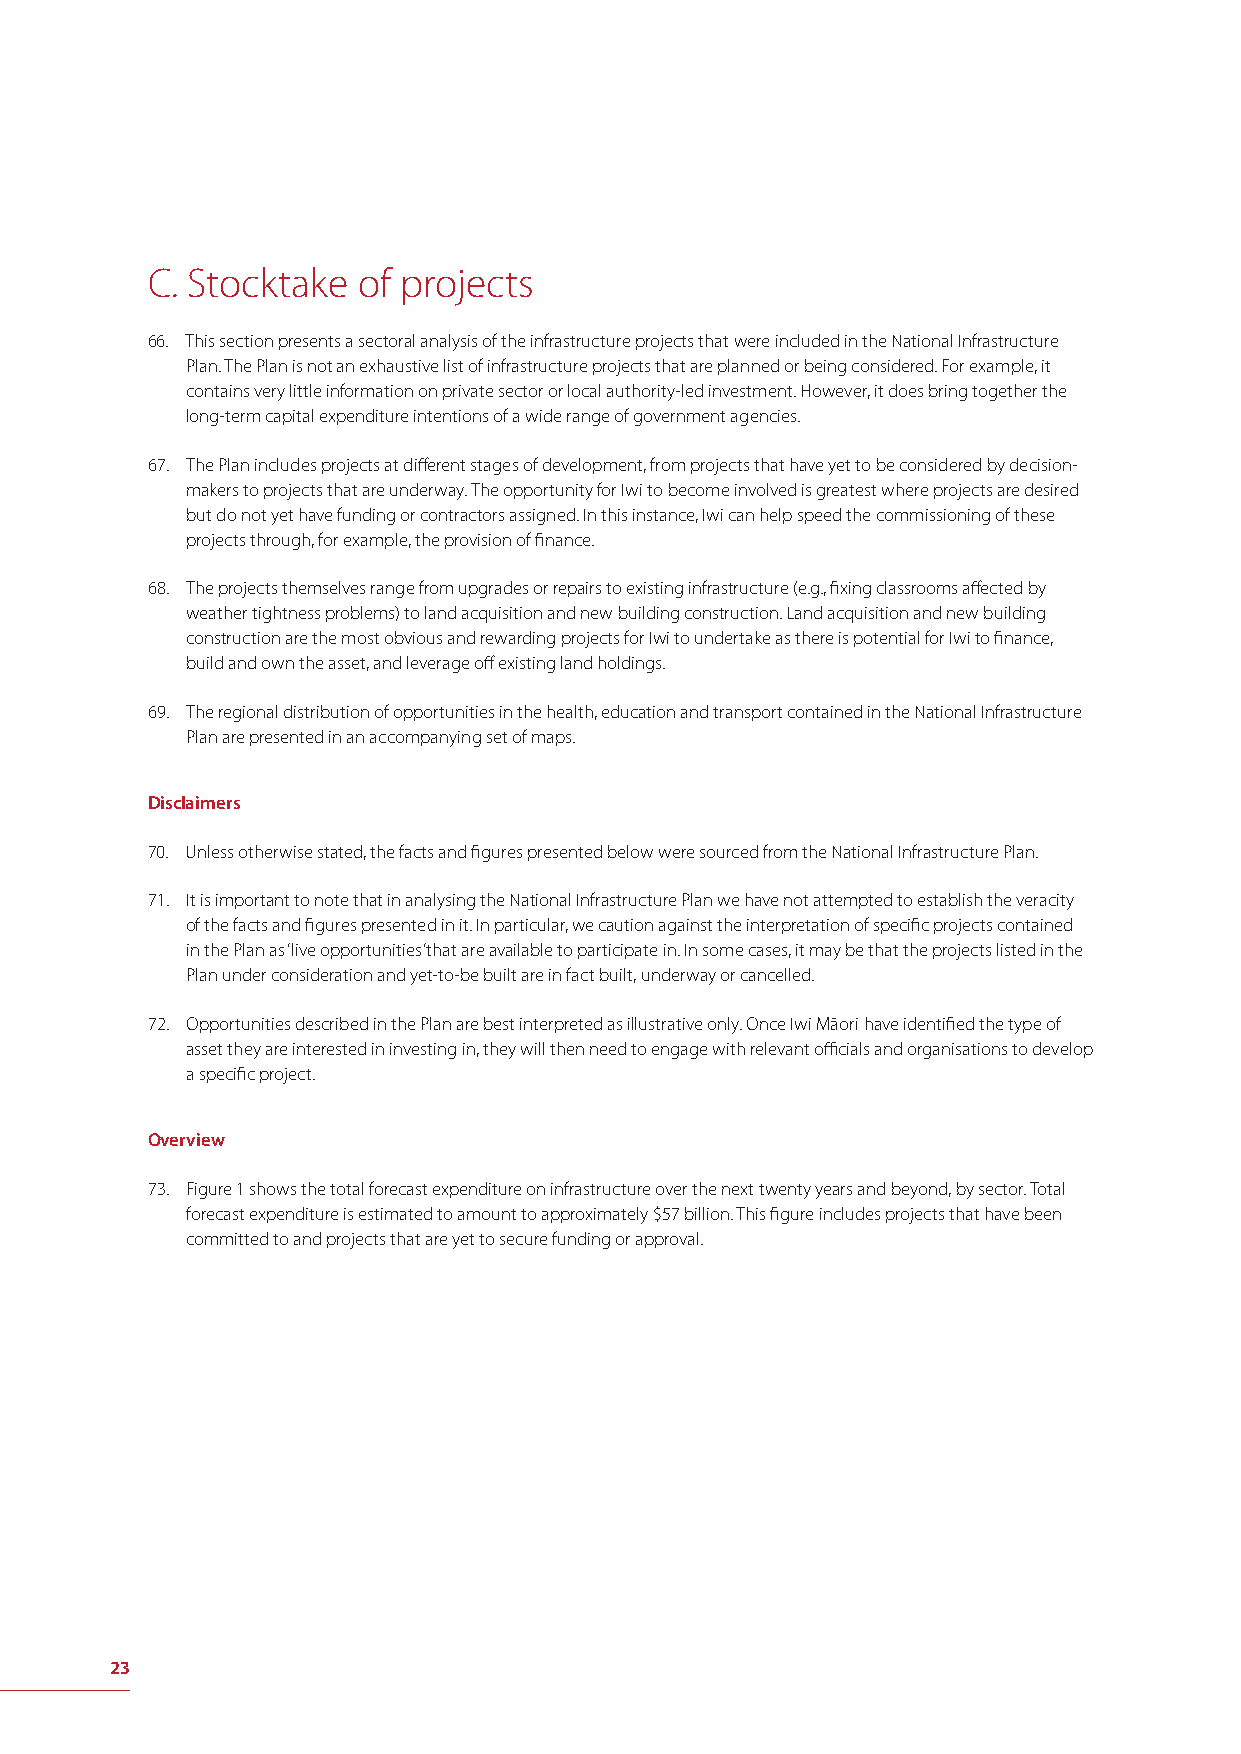
C. Stocktake  of projects
 66. This section presents a sectoral analysis of the infrastructure projects that were included in the National Infrastructure
 Plan. The Plan is not an exhaustive list of infrastructure projects that are planned or being considered. For example, it
 contains very little information on private sector or local authority-led investment. However, it does bring together the
 long-term capital expenditure intentions of a wide range of government agencies.
 67. The Plan includes projects at diff erent stages of development, from projects that have yet to be considered by decision-
 makers to projects that are underway. The opportunity for Iwi to become involved is greatest where projects are desired
 but do not yet have funding or contractors assigned. In this instance, Iwi can help speed the commissioning of these
 projects through, for example, the provision of fi nance.
 68. The projects themselves range from upgrades or repairs to existing infrastructure (e.g., fi xing classrooms aff ected by
 weather tightness problems) to land acquisition and new building construction. Land acquisition and new building
 construction are the most obvious and rewarding projects for Iwi to undertake as there is potential for Iwi to fi nance,
 build and own the asset, and leverage off existing land holdings.
 69. The regional distribution of opportunities in the health, education and transport contained in the National Infrastructure
 Plan are presented in an accompanying set of maps.
 Disclaimers
 70. Unless otherwise stated, the facts and fi gures presented below were sourced from the National Infrastructure Plan.
 71. It is important to note that in analysing the National Infrastructure Plan we have not attempted to establish the veracity
 of the facts and fi gures presented in it. In particular, we caution against the interpretation of specifi c projects contained
 in the Plan as ‘live opportunities’ that are available to participate in. In some cases, it may be that the projects listed in the
 Plan under consideration and yet-to-be built are in fact built, underway or cancelled.
 72. Opportunities described in the Plan are best interpreted as illustrative only. Once Iwi Māori have identifi ed the type of
 asset they are interested in investing in, they will then need to engage with relevant offi cials and organisations to develop
 a specifi c project.
 Overview
 73. Figure 1 shows the total forecast expenditure on infrastructure over the next twenty years and beyond, by sector. Total
 forecast expenditure is estimated to amount to approximately $57 billion. This fi gure includes projects that have been
 committed to and projects that are yet to secure funding or approval.
 23